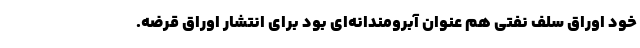
خود اوراق سلف نفتی هم عنوان آبرومندانه‌ای بود برای انتشار اوراق قرضه.